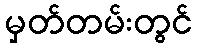
မှတ်တမ်းတွင်